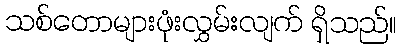
သစ်တောများဖုံးလွှမ်းလျက် ရှိသည်။